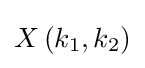
X\left(k_{1},k_{2}\right)